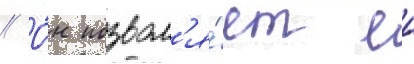
// О́н позвол'я́ет еи